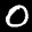
Label: 0